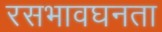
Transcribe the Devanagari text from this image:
रसभावघनता